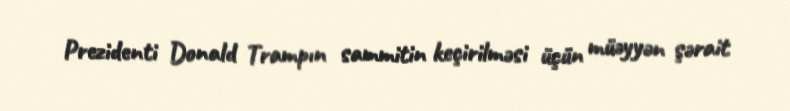
Prezidenti Donald Trampın sammitin keçirilməsi üçün müəyyən şərait